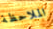
الملاحظة